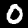
Digit: 0